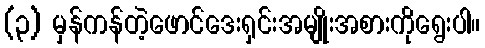
(၃) မှန်ကန်တဲ့ဖောင်ဒေးရှင်းအမျိုးအစားကိုရွေးပါ။